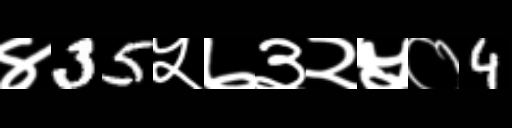
Text: ४35५७३२५०4